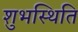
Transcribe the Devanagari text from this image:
शुभस्थिति